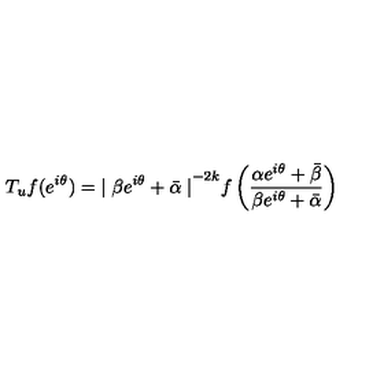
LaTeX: T _ { u } f ( e ^ { i \theta } ) = { \mid \beta e ^ { i \theta } + \bar { \alpha } \mid } ^ { - 2 k } f \left( \frac { \alpha e ^ { i \theta } + \bar { \beta } } { \beta e ^ { i \theta } + \bar { \alpha } } \right)